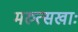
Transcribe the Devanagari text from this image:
मरुत्सखाः